Report of the Indian Hemp Drugs Commission, 1894-1895 - Volume VII
Year: 1894
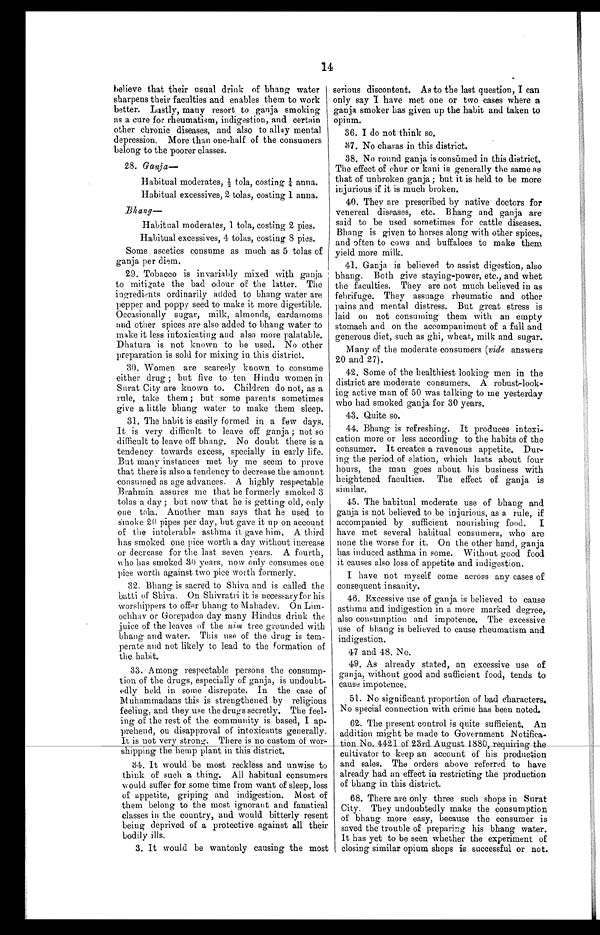
14
believe that their usual drink of bhang water
sharpens their faculties and enables them to work
better. Lastly, many resort to ganja smoking
as a cure for rheumatism, indigestion, and certain
other chronic diseases, and also to allay mental
depression. More than one-half of the consumers
belong to the poorer classes.
28. Ganja
—
Habitual moderates, ½ tola, costing ¼ anna.
Habitual excessives, 2 tolas, costing 1 anna.
B h a n g
—
Habitual moderates, 1 tola, costing 2 pies.
Habitual excessives, 4 tolas, costing 8 pies.
Some ascetics consume as much as 5 tolas of
ganja per diem.
29. Tobacco is invariably mixed with ganja
to mitigate the bad odour of the latter. The
ingredients ordinarily added to bhang water are
pepper and poppy seed to make it more digestible.
Occasionally sugar, milk, almonds, cardamoms
and other spices are also added to bhang water to
make it less intoxicating and also more palatable.
Dhatura is not known to he used. No other
preparation is sold for mixing in this district.
30. Women are scarcely known to consume
either drug ; but five to ten Hindu women in
Surat City are known to. Children do not, as a
rule, take them ; but some parents sometimes
give a little bhang water to make them sleep.
31. The habit is easily formed in a few days.
It is very difficult to leave off ganja ; not so
difficult to leave off bhang. No doubt there is a
tendency towards excess, specially in early life.
But many instances met by me seem to prove
that there is also a tendency to decrease the amount
consumed us age advances. A highly respectable
Brahmin assures me that he formerly smoked 3
tolas a day ; but now that he is getting old, only
one tola. Another man says that he used to
s m o k e 2 0 p i p e s p e r d a y , b u t g a v e i t u p o n a c c o u n t
of the intolerable asthma it gave him, A third
has smoked one pice worth a day without increase
or decrease for the last seven years. A fourth,
w h o h a s s m o k e d 3 0 y e a r s , n o w o n l y c o n s u m e s o n e
pice worth against two pice worth formerly.
32. Bhang is sacred to Shiva and is called the
batti of Shiva. On Shivratri it is necessary for his
worshippers to offer bhang to Mahadev. On Lim
-
ochhav or Gorepadoa day many Hindus drink the
juice of the leaves of the nim tree grounded with
bhang and water. This use of the drug is tem
-
perate and not likely to lead to the formation of
the habit.
33. Among respectable persons the consump
-
tion of the drugs, especially of ganja, is undoubt
-
edly held in some disrepute. In the case o
f
M u h a m m a d a n s t h i s i s s t r e n g t h e n e d b y r e l i g i o u s
feeling, and they use the drugs secretly. The feel
-
ing of the rest of the community is based, I ap
-
prehend, on disapproval of intoxicants generally.
It is not very strong. There is no custom of wor
-
shipping the hemp plant in this district.
34. It would be most reckless and unwise to
think of such a thing. All habitual consumers
would suffer for some time from want of sleep, loss
of appetite, griping and indigestion. Most of
them belong to the most ignorant and fanatical
classes in the country, and would bitterly resent
being deprived of a protective against all their
bodily ills.
3. It would be wantonly causing the most
serious discontent. As to the last question, I can
only say I have met one or two cases where a
ganja smoker has given up the habit and taken to
opium.
36. I do not think so.
3 7 . N o c h a r a s i n t h i s d i s t r i c t .
38. No round ganja is consumed in this district.
The effect of chur or kani is generally the same as
that of unbroken ganja ; but it is held to be more
injurious if it is much broken.
40. They are prescribed by native doctors for
venereal diseases, etc. Bhang and ganja are
said to be used sometimes for cattle diseases.
Bhang is given to horses along with other spices,
and often to cows and buffaloes to make them
yield more milk.
41. Ganja is believed to assist digestion, also
bhang. Both give staying-power, etc., and whet
the faculties. They are not much believed in as
febrifuge. They assuage rheumatic and other
pains and mental distress. But great stress is
laid on not consuming them with an empty
stomach and on the accompaniment of a full and
generous diet, such as ghi, wheat, milk and sugar.
Many of the moderate consumers ( vide answers
20 and 27).
42. Some of the healthiest looking men in the
district are moderate consumers. A robust-look
-
ing active man of 50 was talking to me yesterday
who had smoked ganja for 30 years.
43. Quite so.
44. Bhang is refreshing. It produces intox
i - c a t i o n m o r e o r l e s s a c c o r d i n g t o t h e h a b i t s o f t h e
consumer. It creates a ravenous appetite. Dur
-
ing the period of elation, which lasts about four
hours, the man goes about his business with
heightened faculties. The effect of ganja is
similar.
45. The habitual moderate use of bhang and
ganja is not believed to be injurious, as a rule, if
accompanied by sufficient nourishing food. I
have met several habitual consumers, who are
none the worse for it. On the other hand, ganja
has induced asthma in some. Without good food
it causes also loss of appetite and indigestion.
I have not myself come across any cases of
consequent insanity.
46. Excessive use of ganja is believed to cause
asthma and indigestion in a more marked degree,
also consumption and impotence. The excessive
use of bhang is believed to cause rheumatism and
indigestion.
47 and 48. No.
49. As already stated, an excessive use of
ganja, without good and sufficient food, tends to
cause impotence.
51. No significant proportion of bad characters.
No special connection with crime has been noted.
62. The present control is quite sufficient. An
addition might be made to Government Notifica-
tion No. 4421 of 23rd August 1880, requiring the
cultivator to keep an account of his production
and sales. The orders above referred to have
already had an effect in restricting the production
of bhang in this district.
68. There are only three such shops in Surat
City. They undoubtedly make the consumption
of bhang more easy, because the consumer is
saved the trouble of preparing his bhang water.
It has yet to be seen whether the experiment of
closing similar opium shops is successful or not.